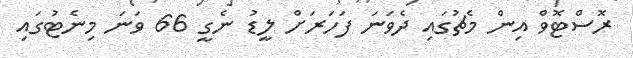
ރޮސްޓޮވް އިން މެޗުގައި ދެވަނަ ފަހަރަށް ލީޑު ނެގީ 66 ވަނަ މިނެޓުގައި